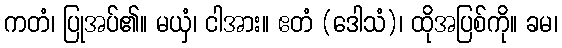
ကတံ၊ ပြုအပ်၏။ မယှံ၊ ငါအား။ ဧတံ (ဒေါသံ)၊ ထိုအပြစ်ကို။ ခမ၊